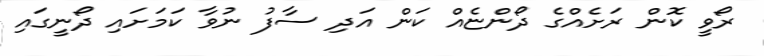
ރޯވީ ކޮން ރަށެއްގެ ދޯންޏެއް ކަން އަދި ސާފު ނުވާ ކަމަށައި ދޯނީގައި